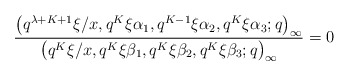
\begin{align*}\frac{\big(q^{\lambda+K+1}\xi/x, q^K\xi\alpha_1, q^{K-1}\xi\alpha_2, q^K\xi\alpha_3 ;q\big)_{\infty}}{\big(q^K\xi/x, q^K\xi\beta_1, q^K\xi\beta_2, q^K\xi\beta_3 ;q\big)_{\infty}} =0\end{align*}